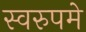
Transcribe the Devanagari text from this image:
स्वरुपमे